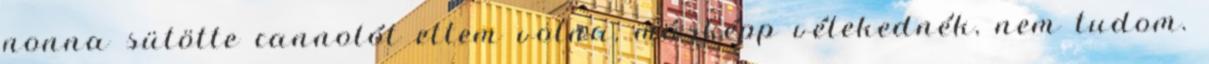
nonna sütötte cannolót ettem volna, másképp vélekednék, nem tudom.